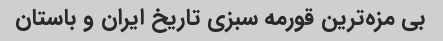
بی مزه‌ترین قورمه سبزی تاریخ ایران و باستان